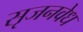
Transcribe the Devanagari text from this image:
सृजनवेध